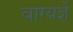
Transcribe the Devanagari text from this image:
वाग्यज्ञें